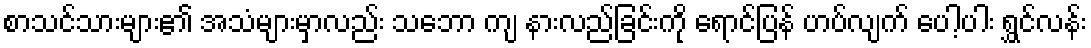
စာသင်သားများ၏ အသံများမှာလည်း သဘော ကျ နားလည်ခြင်းကို ရောင်ပြန် ဟပ်လျက် ပေါ့ပါး ရွှင်လန်း